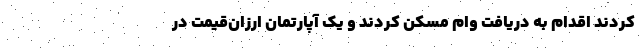
‌‌کردند اقدام به دریافت وام مسکن کردند و یک آپارتمان ارزان‌قیمت در